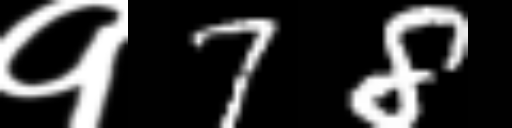
Text: १78